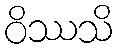
ဝိဿသိ